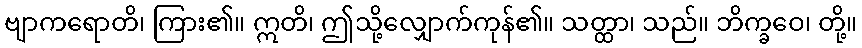
ဗျာကရောတိ၊ ကြား၏။ ဣတိ၊ ဤသို့လျှောက်ကုန်၏။ သတ္ထာ၊ သည်။ ဘိက္ခဝေ၊ တို့။